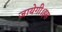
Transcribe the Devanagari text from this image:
जायेगी।इस